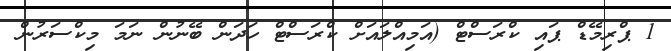
1 ޕްރިމޭޑް ޕައި ކްރަސްޓް (އަމިއްލައަށް ކްރަސްޓް ހަދަން ބޭނުން ނަމަ މިކްސަރުން